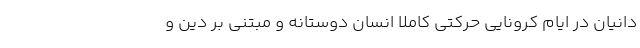
دانیان در ایام کرونایی حرکتی کاملاً انسان دوستانه و مبتنی بر دین و